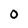
Character: 0